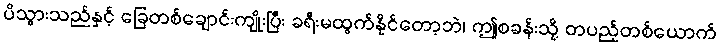
ပိသွားသည်နှင့် ခြေတစ်ချောင်းကျိုးပြီး ခရီးမထွက်နိုင်တော့ဘဲ၊ ဤစခန်းသို့ တပည့်တစ်ယောက်